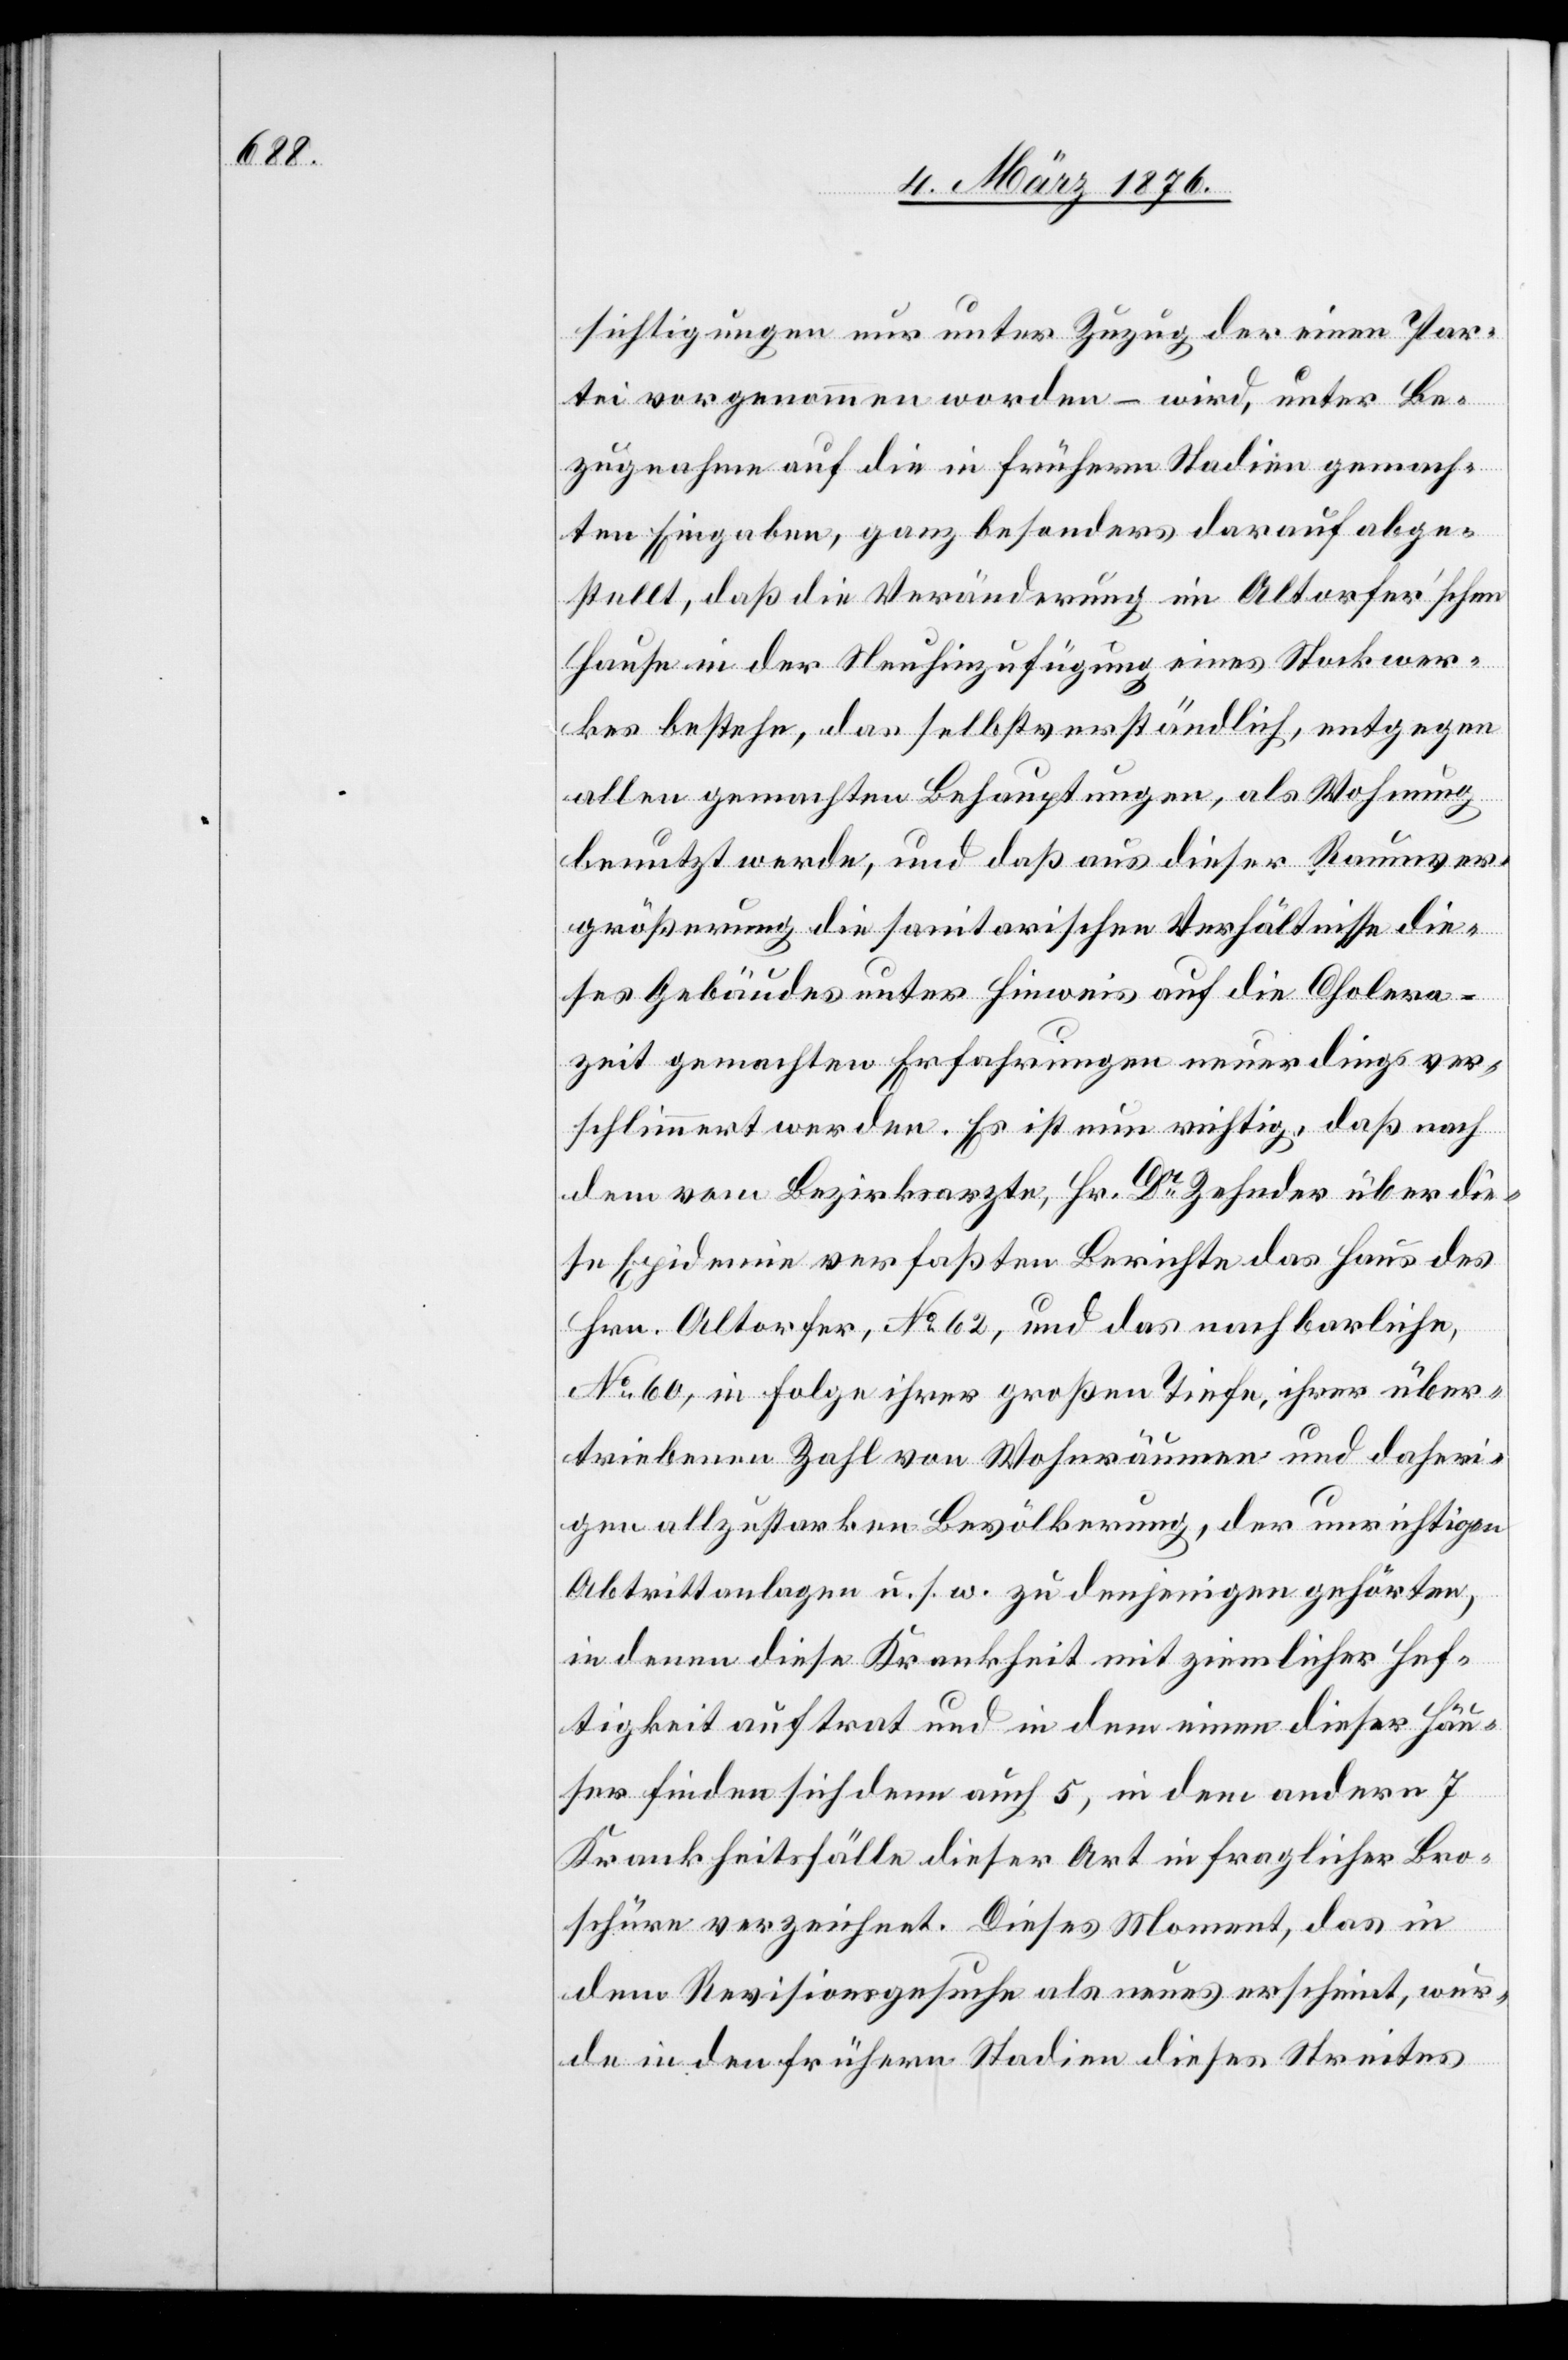
Cholera¬

sichtigungen nur unter Zuzug der einen Par¬
tei vorgenommen worden – wird, unter Be¬
zugnahme auf die in frühern Stadien gemach¬
ten Eingaben, ganz besonders darauf abge¬
stellt, daß die Veränderung im Altorfer’schen
Hause in der Neuhinzufügung eines Stockwer¬
kes bestehe, das selbstverständlich, entgegen
allen gemachten Behauptungen, als Wohnung
benutzt werde, und daß aus dieser Raumver¬
größerung die sanitarischen Verhältnisse die¬
ses Gebäudes unter Hinweis auf die [in der]
zeit gemachten Erfahrungen neuerdings ver¬
schlimmert werden. Es ist nun richtig, daß nach
dem vom Bezirksrathe, Hr. Dr Zehnder über die¬
se Epidemie verfaßten Berichte das Haus des
Hrn. Altorfer, No 62, und das nachbarliche,
No 60, in Folge ihrer großen Tiefe, ihrer über¬
triebenen Zahl von Wohnräumen und daheri¬
gen allzustarken Bevölkerung, der unrichtigen
Abtrittanlagen u. s. w. zu denjenigen gehörten,
in denen diese Krankheit mit ziemlicher Hef¬
tigkeit auftrat und in dem einen dieser Häu¬
ser finden sich dann auch 5, in dem andern 7
Krankheitsfälle dieser Art in fraglicher Bro¬
schüre verzeichnet. Dieses Moment, das in
dem Revisionsgesuche als neues erscheint, wur¬
de in den frühern Stadien dieses Streites